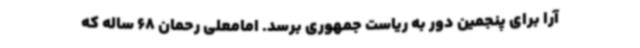
آرا برای پنجمین دور به ریاست جمهوری برسد. امامعلی رحمان 68 ساله که